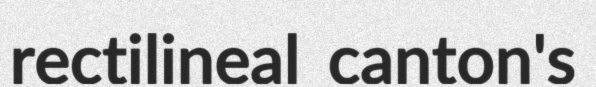
rectilineal canton's